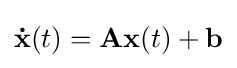
\mathbf {\dot {x}} (t)=\mathbf {Ax} (t)+\mathbf {b}